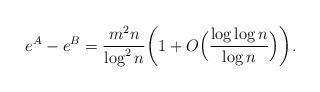
LaTeX: \begin{align*}e^A-e^B={m^2n\over\log^2{n}}\biggl(1+O\Bigl({\log\log{n}\over\log{n}}\Bigr)\biggr).\end{align*}